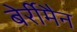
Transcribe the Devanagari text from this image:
बेर्रीमैन